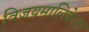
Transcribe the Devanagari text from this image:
विजयमालिकेला